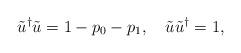
LaTeX: \begin{align*}\tilde u^\dag\tilde u=1-p_0-p_1,\quad\tilde u\tilde u^\dag=1,\end{align*}